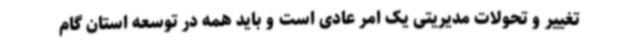
تغییر و تحولات مدیریتی یک امر عادی است و باید همه در توسعه استان گام